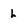
Character: L